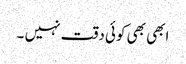
ابھی بھی کوئی دقت نہیں‌ ۔